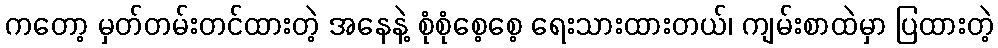
ကတော့ မှတ်တမ်းတင်ထားတဲ့ အနေနဲ့ စုံစုံစေ့စေ့ ရေးသားထားတယ်၊ ကျမ်းစာထဲမှာ ပြထားတဲ့